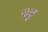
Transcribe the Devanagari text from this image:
ककु